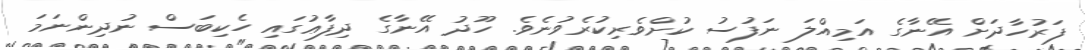
ފަރުހާދަށް އޭނާގެ އަމިއްލަ ނަފުސު ކުށްވެރިކުރެވުނެވެ. ހޫދު އޭނާގެ ދިފާޢުގައި ހެކިބަސް ނުދިންނަމަ